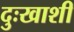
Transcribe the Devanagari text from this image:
दुःखाशी